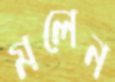
মলেন